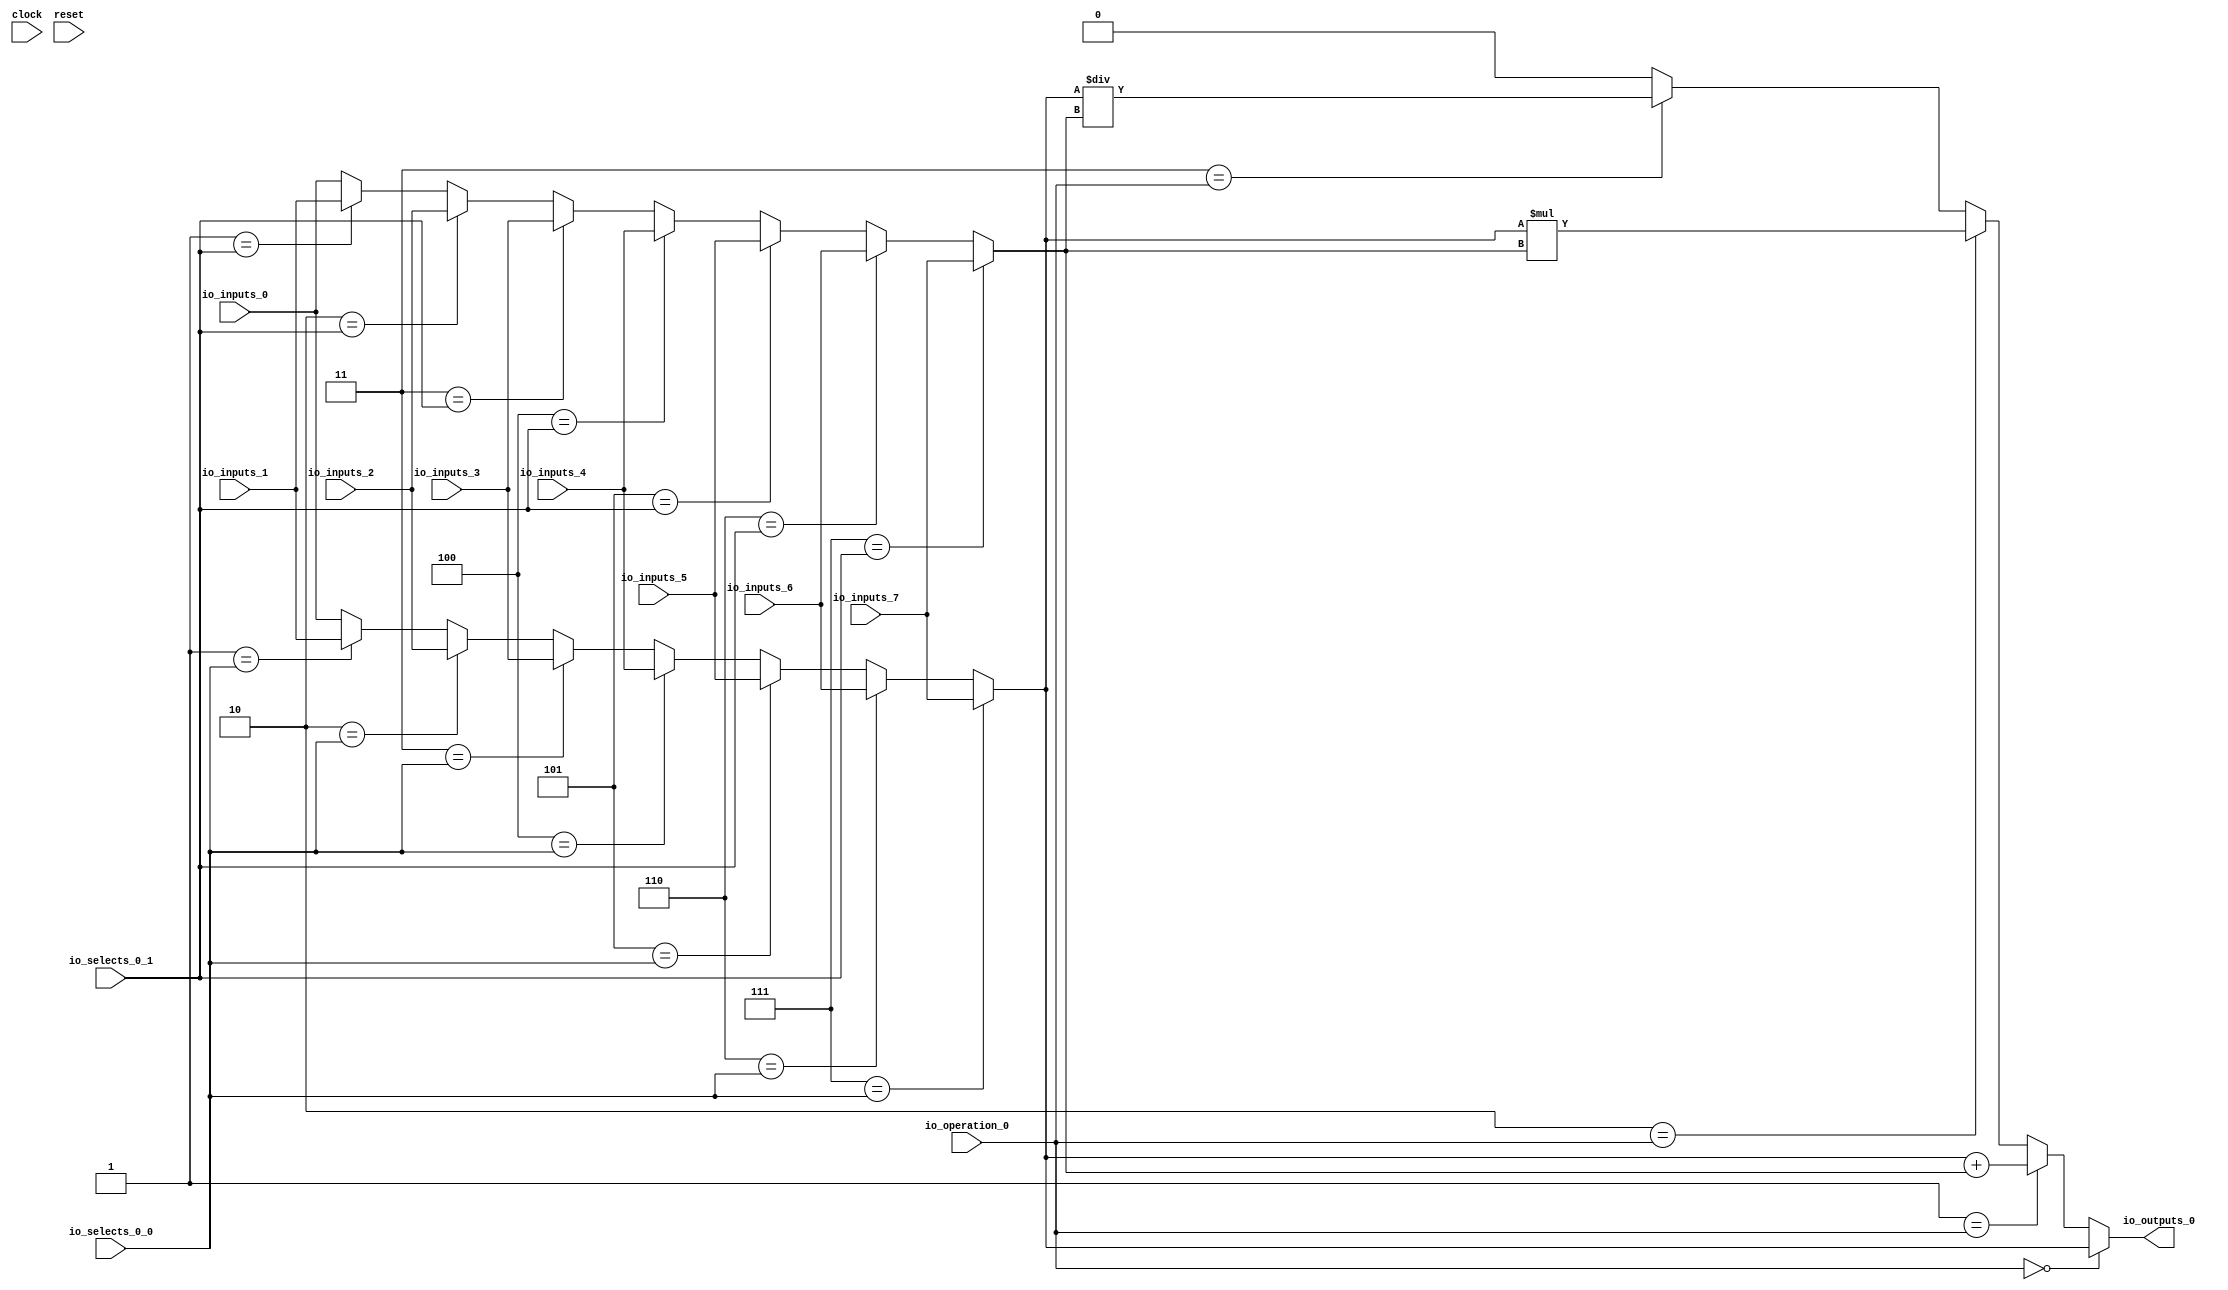
module MuxTest_width_1_inputs_8_outputs_1_pipeline_0( // @[:@3.2]
  input        clock, // @[:@4.4]
  input        reset, // @[:@5.4]
  input  [2:0] io_selects_0_0, // @[:@6.4]
  input  [2:0] io_selects_0_1, // @[:@6.4]
  input  [2:0] io_operation_0, // @[:@6.4]
  input        io_inputs_0, // @[:@6.4]
  input        io_inputs_1, // @[:@6.4]
  input        io_inputs_2, // @[:@6.4]
  input        io_inputs_3, // @[:@6.4]
  input        io_inputs_4, // @[:@6.4]
  input        io_inputs_5, // @[:@6.4]
  input        io_inputs_6, // @[:@6.4]
  input        io_inputs_7, // @[:@6.4]
  output       io_outputs_0 // @[:@6.4]
);
  wire  _GEN_1; // @[MuxTest_width_1_inputs_8_outputs_1_pipeline_0s.scala 32:53:@8.4]
  wire  _GEN_2; // @[MuxTest_width_1_inputs_8_outputs_1_pipeline_0s.scala 32:53:@8.4]
  wire  _GEN_3; // @[MuxTest_width_1_inputs_8_outputs_1_pipeline_0s.scala 32:53:@8.4]
  wire  _GEN_4; // @[MuxTest_width_1_inputs_8_outputs_1_pipeline_0s.scala 32:53:@8.4]
  wire  _GEN_5; // @[MuxTest_width_1_inputs_8_outputs_1_pipeline_0s.scala 32:53:@8.4]
  wire  _GEN_6; // @[MuxTest_width_1_inputs_8_outputs_1_pipeline_0s.scala 32:53:@8.4]
  wire  _GEN_7; // @[MuxTest_width_1_inputs_8_outputs_1_pipeline_0s.scala 32:53:@8.4]
  wire  _GEN_9; // @[MuxTest_width_1_inputs_8_outputs_1_pipeline_0s.scala 32:53:@8.4]
  wire  _GEN_10; // @[MuxTest_width_1_inputs_8_outputs_1_pipeline_0s.scala 32:53:@8.4]
  wire  _GEN_11; // @[MuxTest_width_1_inputs_8_outputs_1_pipeline_0s.scala 32:53:@8.4]
  wire  _GEN_12; // @[MuxTest_width_1_inputs_8_outputs_1_pipeline_0s.scala 32:53:@8.4]
  wire  _GEN_13; // @[MuxTest_width_1_inputs_8_outputs_1_pipeline_0s.scala 32:53:@8.4]
  wire  _GEN_14; // @[MuxTest_width_1_inputs_8_outputs_1_pipeline_0s.scala 32:53:@8.4]
  wire  _GEN_15; // @[MuxTest_width_1_inputs_8_outputs_1_pipeline_0s.scala 32:53:@8.4]
  wire [1:0] _T_136; // @[MuxTest_width_1_inputs_8_outputs_1_pipeline_0s.scala 32:53:@8.4]
  wire  _T_137; // @[MuxTest_width_1_inputs_8_outputs_1_pipeline_0s.scala 32:53:@9.4]
  wire [1:0] _T_139; // @[MuxTest_width_1_inputs_8_outputs_1_pipeline_0s.scala 33:58:@10.4]
  wire  _T_141; // @[MuxTest_width_1_inputs_8_outputs_1_pipeline_0s.scala 34:56:@11.4]
  wire  _T_142; // @[Mux.scala 46:19:@12.4]
  wire  _T_143; // @[Mux.scala 46:16:@13.4]
  wire  _T_144; // @[Mux.scala 46:19:@14.4]
  wire [1:0] _T_145; // @[Mux.scala 46:16:@15.4]
  wire  _T_146; // @[Mux.scala 46:19:@16.4]
  wire [1:0] _T_147; // @[Mux.scala 46:16:@17.4]
  wire  _T_148; // @[Mux.scala 46:19:@18.4]
  wire [1:0] _T_149; // @[Mux.scala 46:16:@19.4]
  assign _GEN_1 = 3'h1 == io_selects_0_0 ? io_inputs_1 : io_inputs_0; // @[MuxTest_width_1_inputs_8_outputs_1_pipeline_0s.scala 32:53:@8.4]
  assign _GEN_2 = 3'h2 == io_selects_0_0 ? io_inputs_2 : _GEN_1; // @[MuxTest_width_1_inputs_8_outputs_1_pipeline_0s.scala 32:53:@8.4]
  assign _GEN_3 = 3'h3 == io_selects_0_0 ? io_inputs_3 : _GEN_2; // @[MuxTest_width_1_inputs_8_outputs_1_pipeline_0s.scala 32:53:@8.4]
  assign _GEN_4 = 3'h4 == io_selects_0_0 ? io_inputs_4 : _GEN_3; // @[MuxTest_width_1_inputs_8_outputs_1_pipeline_0s.scala 32:53:@8.4]
  assign _GEN_5 = 3'h5 == io_selects_0_0 ? io_inputs_5 : _GEN_4; // @[MuxTest_width_1_inputs_8_outputs_1_pipeline_0s.scala 32:53:@8.4]
  assign _GEN_6 = 3'h6 == io_selects_0_0 ? io_inputs_6 : _GEN_5; // @[MuxTest_width_1_inputs_8_outputs_1_pipeline_0s.scala 32:53:@8.4]
  assign _GEN_7 = 3'h7 == io_selects_0_0 ? io_inputs_7 : _GEN_6; // @[MuxTest_width_1_inputs_8_outputs_1_pipeline_0s.scala 32:53:@8.4]
  assign _GEN_9 = 3'h1 == io_selects_0_1 ? io_inputs_1 : io_inputs_0; // @[MuxTest_width_1_inputs_8_outputs_1_pipeline_0s.scala 32:53:@8.4]
  assign _GEN_10 = 3'h2 == io_selects_0_1 ? io_inputs_2 : _GEN_9; // @[MuxTest_width_1_inputs_8_outputs_1_pipeline_0s.scala 32:53:@8.4]
  assign _GEN_11 = 3'h3 == io_selects_0_1 ? io_inputs_3 : _GEN_10; // @[MuxTest_width_1_inputs_8_outputs_1_pipeline_0s.scala 32:53:@8.4]
  assign _GEN_12 = 3'h4 == io_selects_0_1 ? io_inputs_4 : _GEN_11; // @[MuxTest_width_1_inputs_8_outputs_1_pipeline_0s.scala 32:53:@8.4]
  assign _GEN_13 = 3'h5 == io_selects_0_1 ? io_inputs_5 : _GEN_12; // @[MuxTest_width_1_inputs_8_outputs_1_pipeline_0s.scala 32:53:@8.4]
  assign _GEN_14 = 3'h6 == io_selects_0_1 ? io_inputs_6 : _GEN_13; // @[MuxTest_width_1_inputs_8_outputs_1_pipeline_0s.scala 32:53:@8.4]
  assign _GEN_15 = 3'h7 == io_selects_0_1 ? io_inputs_7 : _GEN_14; // @[MuxTest_width_1_inputs_8_outputs_1_pipeline_0s.scala 32:53:@8.4]
  assign _T_136 = _GEN_7 + _GEN_15; // @[MuxTest_width_1_inputs_8_outputs_1_pipeline_0s.scala 32:53:@8.4]
  assign _T_137 = _GEN_7 + _GEN_15; // @[MuxTest_width_1_inputs_8_outputs_1_pipeline_0s.scala 32:53:@9.4]
  assign _T_139 = _GEN_7 * _GEN_15; // @[MuxTest_width_1_inputs_8_outputs_1_pipeline_0s.scala 33:58:@10.4]
  assign _T_141 = _GEN_7 / _GEN_15; // @[MuxTest_width_1_inputs_8_outputs_1_pipeline_0s.scala 34:56:@11.4]
  assign _T_142 = 3'h3 == io_operation_0; // @[Mux.scala 46:19:@12.4]
  assign _T_143 = _T_142 ? _T_141 : 1'h0; // @[Mux.scala 46:16:@13.4]
  assign _T_144 = 3'h2 == io_operation_0; // @[Mux.scala 46:19:@14.4]
  assign _T_145 = _T_144 ? _T_139 : {{1'd0}, _T_143}; // @[Mux.scala 46:16:@15.4]
  assign _T_146 = 3'h1 == io_operation_0; // @[Mux.scala 46:19:@16.4]
  assign _T_147 = _T_146 ? {{1'd0}, _T_137} : _T_145; // @[Mux.scala 46:16:@17.4]
  assign _T_148 = 3'h0 == io_operation_0; // @[Mux.scala 46:19:@18.4]
  assign _T_149 = _T_148 ? {{1'd0}, _GEN_7} : _T_147; // @[Mux.scala 46:16:@19.4]
  assign io_outputs_0 = _T_149[0]; // @[MuxTest_width_1_inputs_8_outputs_1_pipeline_0s.scala 23:14:@20.4]
endmodule